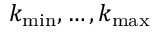
k _ { \operatorname* { m i n } } , \ldots , k _ { \operatorname* { m a x } }